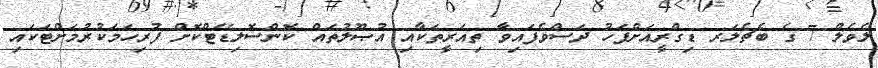
ލެވެލް 7 ގެ ބެޗެލަރ ޑިގްރީއަށްފަހު ދަސްވެފައިވާ ތިއަރީތަކާއި އުޞޫލުތައް ކޮންސޮލިޑޭޓްކޮށް ފުރިހަމަކުރުމަށްޓަކައި